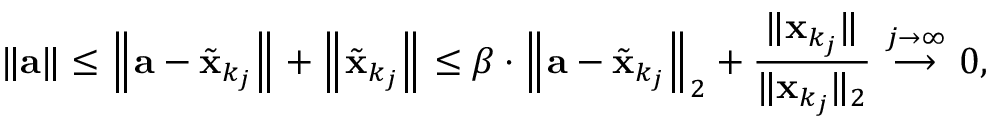
\| \mathbf { a } \| \leq \left\| \mathbf { a } - { \tilde { \mathbf { x } } } _ { k _ { j } } \right\| + \left\| { \tilde { \mathbf { x } } } _ { k _ { j } } \right\| \leq \beta \cdot \left\| \mathbf { a } - { \tilde { \mathbf { x } } } _ { k _ { j } } \right\| _ { 2 } + { \frac { \| \mathbf { x } _ { k _ { j } } \| } { \| \mathbf { x } _ { k _ { j } } \| _ { 2 } } } \ { \overset { j \to \infty } { \longrightarrow } } \ 0 ,